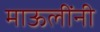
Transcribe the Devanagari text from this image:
माऊलींनी